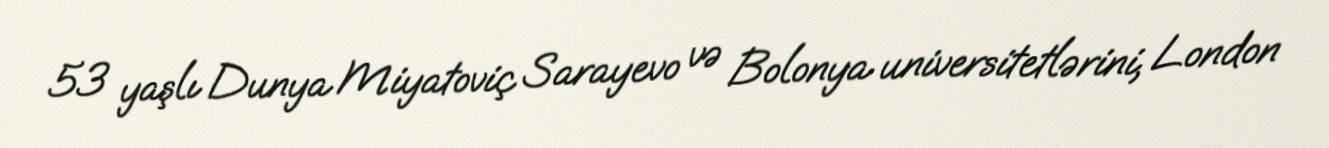
53 yaşlı Dunya Miyatoviç Sarayevo və Bolonya universitetlərini, London